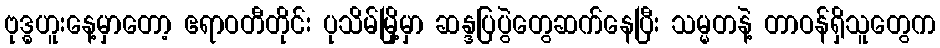
ဗုဒ္ဓဟူးနေ့မှာတော့ ဧရာဝတီတိုင်း ပုသိမ်မြို့မှာ ဆန္ဒပြပွဲတွေဆက်နေပြီး သမ္မတနဲ့ တာဝန်ရှိသူတွေက